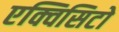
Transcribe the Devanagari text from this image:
एक्विसिटो